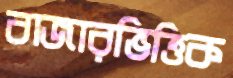
বাজারভিত্তিক